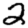
Digit: 2